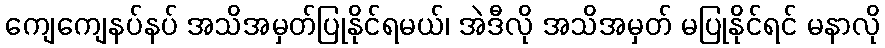
ကျေကျေနပ်နပ် အသိအမှတ်ပြုနိုင်ရမယ်၊ အဲဒီလို အသိအမှတ် မပြုနိုင်ရင် မနာလို